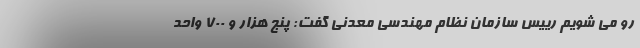
رو می شویم رییس سازمان نظام مهندسی معدنی گفت: پنج هزار و ۷۰۰ واحد